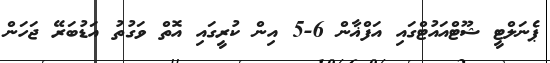
ޕެނަލްޓީ ޝޫޓްއައުޓްގައި އަފްޣާން 6-5 އިން ކުރީގައި އޮތް ވަގުތު އަޑުބަރޭ ޖަހަން